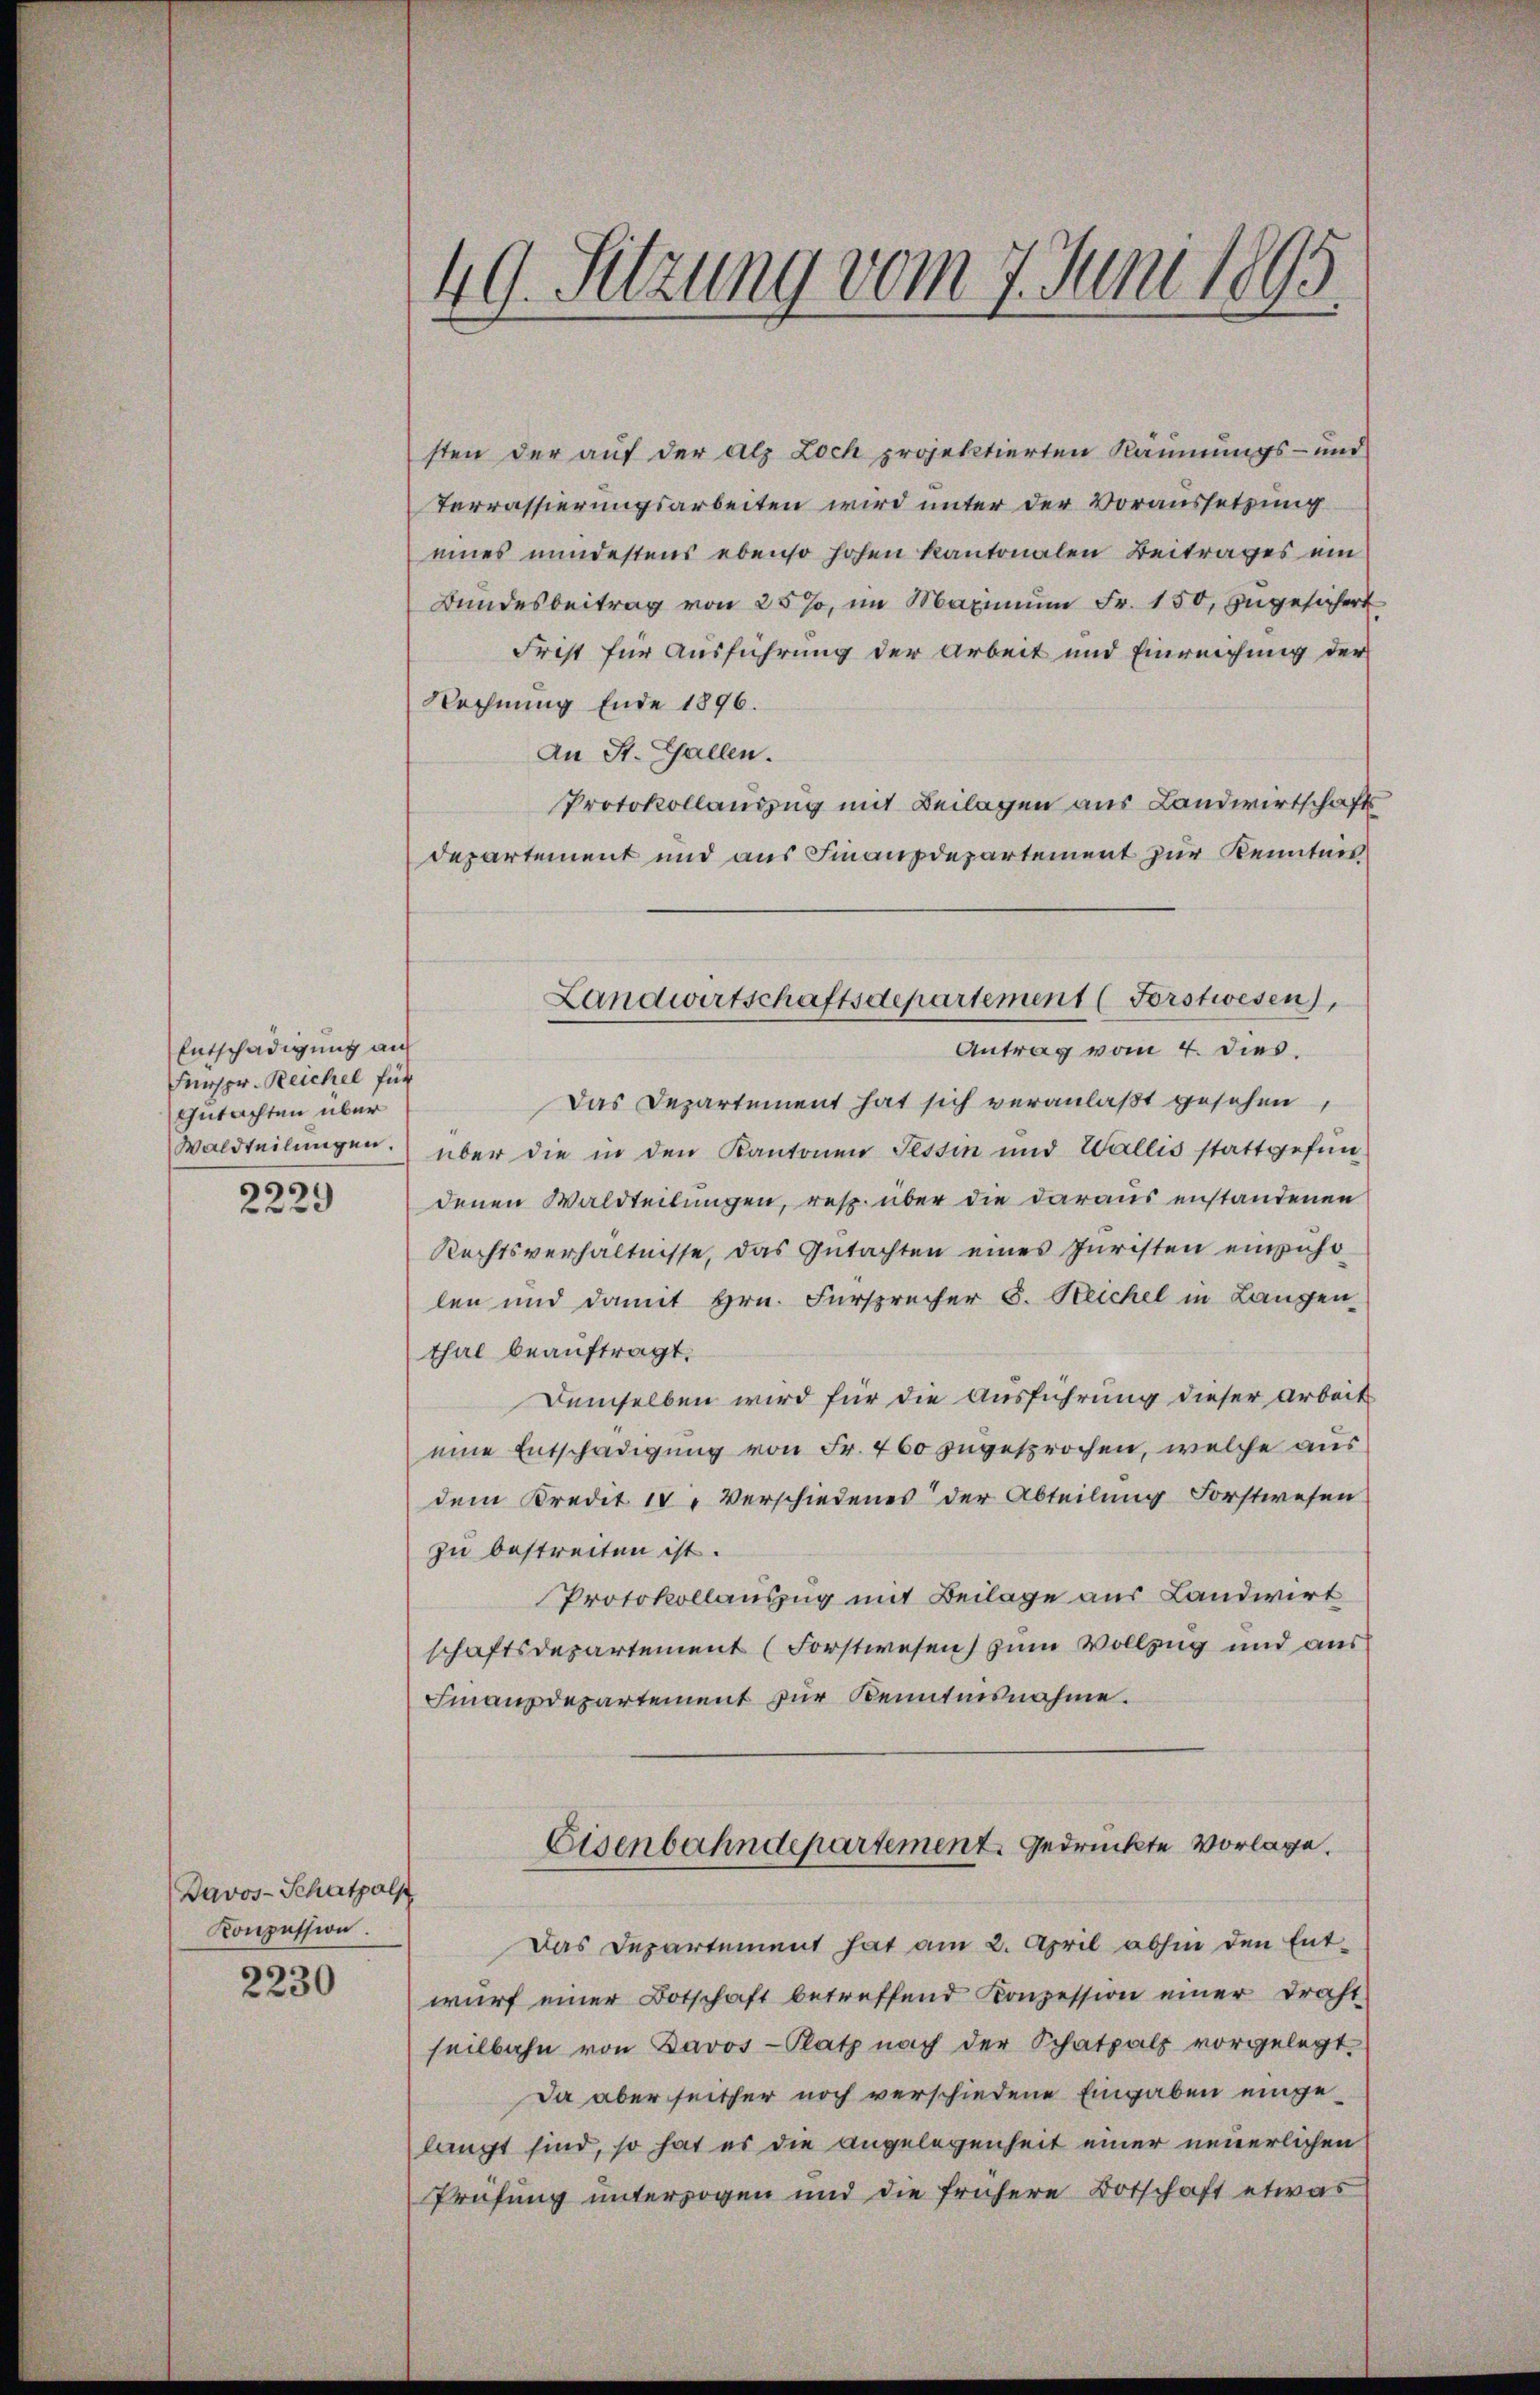
Entschädigung auf
Fürspr. Reichel für
Gutachten über
9929

2 2

Davos-Schatpols
Konzession.

2230

49. Sitzung vom 7. Juni 1895

sten der auf der als Loch projektierten Räumungs- und
Terrassierungsarbeiten wird unter der Voraussetzung
eines mindestens ebenso hofen kantonalen Beitrages ein
Bundesbeitrag von 25%, im Maximum Fr. 150, zugesichert
Frist für Ausführung der Arbeit und Einreichung der
Rechnung Ende 1896.
An St. Gallen.
Protokollauszug mit Beilagen aus Landwirtschaft
departement und aus Finanzdepartement zur Kenntnis
Antrag vom 4. dies.
Das Departement hat sich veranlaßt gesehen,
Waldteilungen.) über die in den Kantonen Tessin und Wallis stattgefundenen Waldteilungen, resp. über die daraus anstandenen
Rechtsverhältnisse, das Gutachten eines Juristen einzuho
len und damit Hrn. Fürsprecher S. Reichel in Langen-
thal beauftragt.
Demselben wird für die Ausführung dieser Arbeit
eine Entschädigung von Fr. 460 zugesprochen, welche aus
dem Kredit 14 " Verschiedenes der Abteilung Forstwesen
zu bestreiten ist.
Protokollauszug mit Beilage aus Landwirt
schaftsdepartement (Forstwesen) zum Vollzug und aus
Finanzdepartement zur Kenntnisnahme.

Landwirtschaftsdepartement (Forstwesen),

Eisenbahndepartement gedruckte Vorlage.

Das Departement hat am 2. April abhin den Ent-
wŭrf einer Botschaft betreffend Konzession einer Draht
seilbahn von Davos- Platz nach der Schatpalz vorgelegt.
Da aber seither noch verschiedene Eingaben eingelangt sind, so hat es die angelegenheit einer neuerlichen
Prüfung unterzogen und die frühere Botschaft etwas